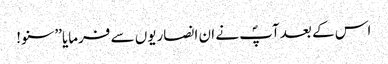
اس کے بعد آپؐ نے ان انصاریوں سے فرمایا’’سنو!